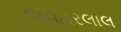
જવહરલાલ